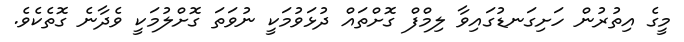
މީގެ އިތުރުން ހަށިގަނޑުގައިވާ ލިމްފް ގޮށްތައް ދުޅަވުމަކީ ނުވަތަ ގޮށްލުމަކީ ވެދާނެ ގޮތެކެވެ.